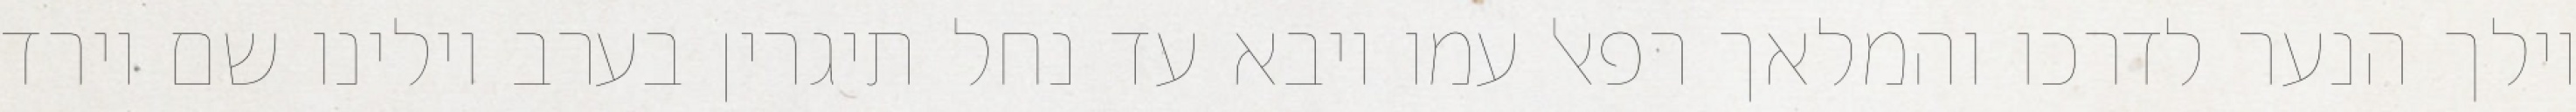
וילך הנער לדרכו והמלאך רפאל עמו ויבא עד נחל תיגרין בערב וילינו שם וירד